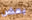
بعض